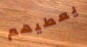
يعطيهم